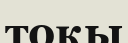
тоқы